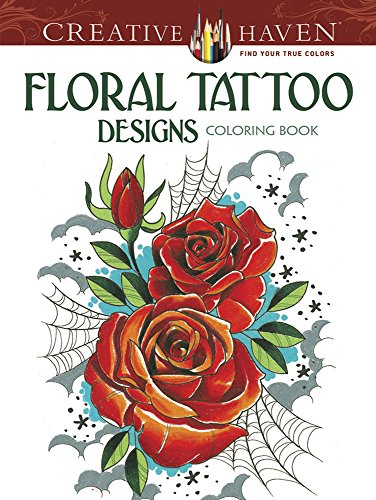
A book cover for Creative Haven Floral Tattoo Designs Coloring Book (Creative Haven Coloring Books); Erik Siuda; Arts & Photography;